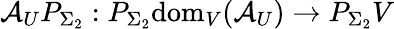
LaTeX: \mathcal{A}_{U}P_{\Sigma_{2}}:P_{\Sigma_{2}}\mathrm{dom}_{V}(\mathcal{A}_{U})\to P_{\Sigma_{2}}V